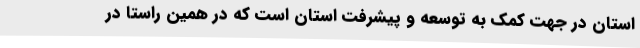
استان در جهت کمک به توسعه و پیشرفت استان است که در همین راستا در